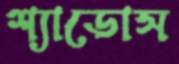
শ্যাডোস